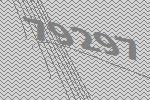
79297